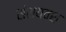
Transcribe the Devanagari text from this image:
संशयवश